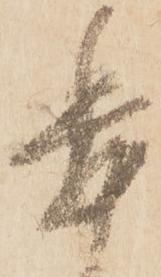
委